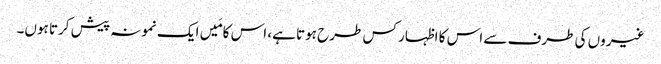
غیروں کی طرف سے اس کا اظہار کس طرح ہوتا ہے، اس کا مَیں ایک نمونہ پیش کرتا ہوں۔